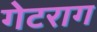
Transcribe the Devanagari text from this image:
गेटराग